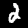
Digit: 2